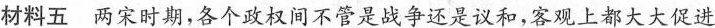
材料五两宋时期，各个政权间不管是战争还是议和，客观上都大大促进